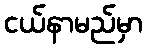
ငယ်နာမည်မှာ